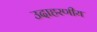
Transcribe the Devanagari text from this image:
उदाहरणीय